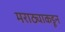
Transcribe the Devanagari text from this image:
मराठ्याकडून